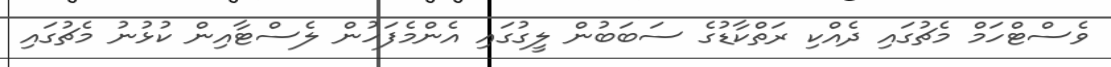
ވެސްޓްހަމް މެޗުގައި ދެއްކި ރަތްކާޑުގެ ސަބަބުން ލީގުގައި އެންމެފަހުން ލެސްޓާއިން ކުޅުނު މެޗުގައި